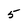
Character: 5